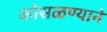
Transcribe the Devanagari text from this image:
कोसळण्याने